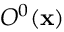
O ^ { 0 } ( \mathbf { x } )